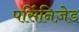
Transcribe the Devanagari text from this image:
पर्सिनिज़ेड